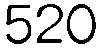
520